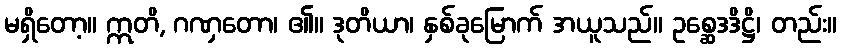
မရှိတော့။ ဣတိ, ဂဏှတော၊ ၏။ ဒုတိယာ၊ နှစ်ခုမြောက် အယူသည်။ ဥစ္ဆေဒဒိဋ္ဌိ၊ တည်း။